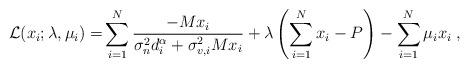
LaTeX: \begin{align*}\mathcal{L}(x_i;\lambda,\mu_i)=&\sum_{i=1}^N\frac{-Mx_i}{\sigma_n^2d_i^{\alpha}+\sigma_{v,i}^2M x_i}+\lambda\left(\sum_{i=1}^{N}x_i-P\right)-\sum_{i=1}^N\mu_ix_i\;,\end{align*}